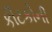
કીટકોની